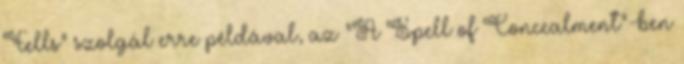
Fells" szolgál erre példával, az "A Spell of Concealment"-ben